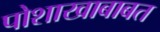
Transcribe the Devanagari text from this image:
पोशाखाबाबत